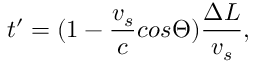
t ^ { \prime } = ( 1 - \frac { v _ { s } } { c } c o s \Theta ) \frac { \Delta L } { v _ { s } } ,